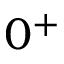
0 ^ { + }